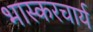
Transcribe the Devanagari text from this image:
भास्करचार्य